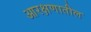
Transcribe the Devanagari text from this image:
आरक्षणातील